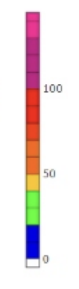
Blue: 0 to 20
Green: 20 to 40
Yellow: 40 to 50
Orange: 50 to 70
Dark Orange: 70 to 80
Red: 80 to 100
Magenta: 100 to 130
Pink: 130 to 145